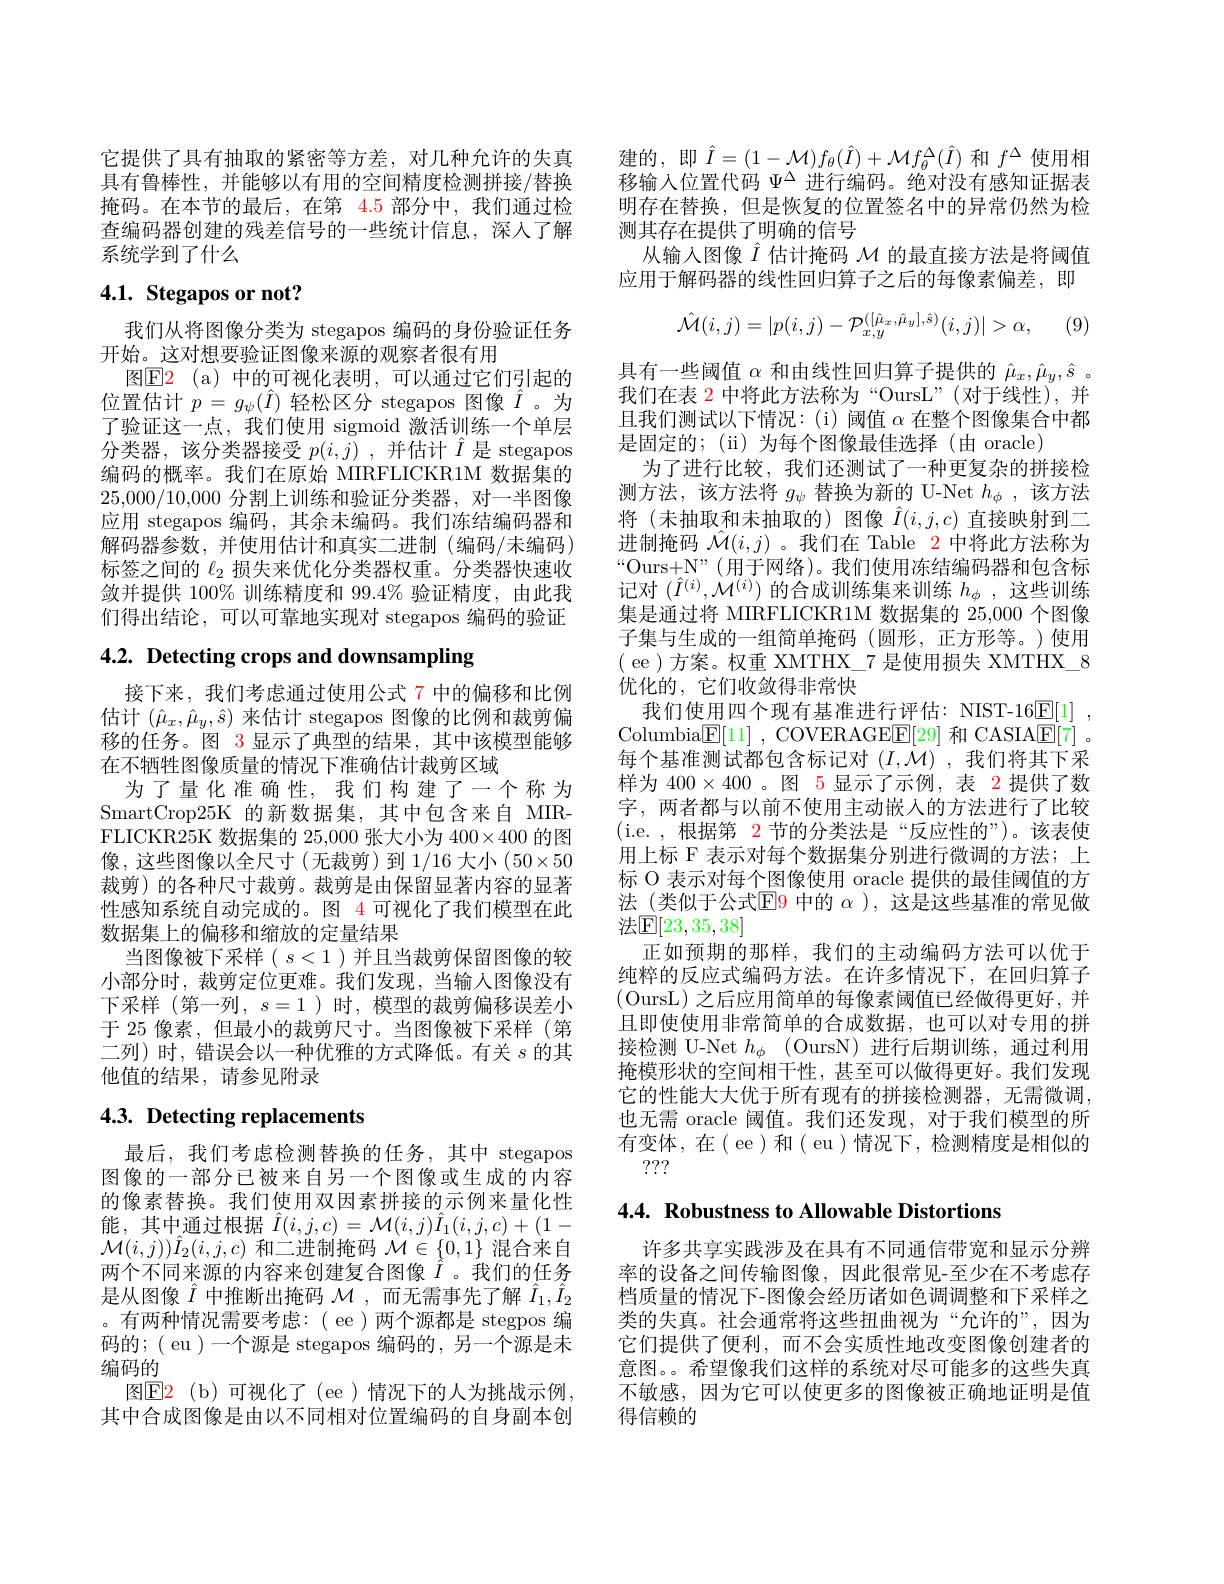
它提供了具有抽取的紧密等方差，对几种允许的失真具有鲁棒性，并能够以有用的空间精度检测拼接/替换掩码。在本节的最后，在第 4.5 部分中，我们通过检查编码器创建的残差信号的一些统计信息，深人了解系统学到了什么

# 4.1. Stegapos or not?

我们从将图像分类为 stegapos 编码的身份验证任务
开始。这对想要验证图像来源的观察者很有用
图$\color{red}{\mathrm{E2}}\:\mathrm{(a)}$ 中的可视化表明，可以通过它们引起的位置估计$p=g_\psi(\hat{I})$轻松区分 stegapos 图像$\hat{I}$。为了验证这一点，我们使用 sigmoid 激活训练一个单层分类器，该分类器接受$p(i,j)$ ,并估计$\hat{I}$是 stegapos 编码的概率。我们在原始 MIRFLICKR1M 数据集的25,000/10,000分割上训练和验证分类器，对一半图像应用 stegapos 编码，其余未编码。我们冻结编码器和解码器参数，并使用估计和真实二进制(编码/未编码) 标签之间的$\ell_{2}$损失来优化分类器权重。分类器快速收敛并提供 100% 训练精度和 99.4% 验证精度，由此我们得出结论，可以可靠地实现对 stegapos 编码的验证

# 4.2. Detecting crops and downsampling

接下来，我们考虑通过使用公式 7 中的偏移和比例估计$(\hat{\mu}_x,\hat{\mu}_y,\hat{s})$来估计 stegapos 图像的比例和裁剪偏移的任务。图 3 显示了典型的结果，其中该模型能够在不牺牲图像质量的情况下准确估计裁剪区域
为了量化准确性，我们构建了一个称为SmartCrop25K 的新数据集，其中包含来自 MIRFLICKR25K 数据集的 25,000 张大小为 400×400 的图像，这些图像以全尺寸(无裁剪)到1/16 大小(50×50裁剪)的各种尺寸裁剪。裁剪是由保留显著内容的显著性感知系统自动完成的。图 4 可视化了我们模型在此数据集上的偏移和缩放的定量结果
当图像被下采样( $s<1$ )并且当裁剪保留图像的较小部分时，裁剪定位更难。我们发现，当输人图像没有下采样 (第一列$,s=1$)时，模型的裁剪偏移误差小于 25 像素，但最小的裁剪尺寸。当图像被下采样(第二列)时，错误会以一种优雅的方式降低。有关$s$的其他值的结果，请参见附录

# 4.3. Detecting replacements

最后，我们考虑检测替换的任务，其中 stegapos 图像的一部分已被来自另一个图像或生成的内容的像素替换。我们使用双因素拼接的示例来量化性能，其中通过根据$\hat{I}(i,j,c)=\mathcal{M}(i,j)\hat{I}_1(i,j,c)+(1-$ $\mathcal{M}(i,j))\hat{I}_{2}(i,j,c)$和二进制掩码$\mathcal{M}\in\{0,1\}$混合来自两个不同来源的内容来创建复合图像$\hat{I}$ 。我们的任务是从图像$\hat{I}$中推断出掩码$\mathcal{M}$,而无需事先了解$\hat{I}_1,\hat{I}_2$ 。有两种情况需要考虑：( ee )两个源都是 stegpos 编码的；( eu )一个源是 stegapos 编码的，另一个源是未编码的
图E2 ( b) 可视化了(ee)情况下的人为挑战示例， 其中合成图像是由以不同相对位置编码的自身副本创

建的，即$\hat{I}=(1-\mathcal{M})f_\theta(\hat{I})+\mathcal{M}f_\theta^\Delta(\hat{I})$和$f^\Delta$使用相移输入位置代码$\Psi^\mathrm{\Delta}$进行编码。绝对没有感知证据表明存在替换，但是恢复的位置签名中的异常仍然为检测其存在提供了明确的信号
从输入图像$\hat{I}$估计掩码$\mathcal{M}$的最直接方法是将阈值应用于解码器的线性回归算子之后的每像素偏差，即
$$\hat{\mathcal{M}}(i,j)=|p(i,j)-\mathcal{P}_{x,y}^{([\hat{\mu}_{x},\hat{\mu}_{y}],\hat{s})}(i,j)|>\alpha,$$
(9)

具有一些阈值$\alpha$和由线性回归算子提供的$\hat{\mu}_x,\hat{\mu}_y,\hat{s}$ 。我们在表 2 中将此方法称为“OursL”(对于线性),并且我们测试以下情况：(i)阈值$\alpha$在整个图像集合中都是固定的；(ii)为每个图像最佳选择(由oracle)
为了进行比较，我们还测试了一种更复杂的拼接检测方法，该方法将$g_\psi$替换为新的 U-Net $h_\phi$,该方法将(未抽取和未抽取的)图像$\hat{I}(i,j,c)$直接映射到二进制掩码$\hat{\mathcal{M}}(i,j)$ 。我们在 Table 2 中将此方法称为“Ours+N”(用于网络)。我们使用冻结编码器和包含标记对$(\hat{I}^{(i)},\mathcal{M}^{(i)})$的合成训练集来训练$h_\phi$,这些训练集是通过将 MIRFLICKR1M 数据集的 25,000 个图像子集与生成的一组简单掩码(圆形，正方形等。)使用( ee )方案。权重 XMTHX\_7 是使用损失 XMTHX\_8优化的，它们收敛得非常快
我们使用四个现有基准进行评估：NIST-16$\underline {\mathrm{E} }[ 1]$ , Columbia$\boxed{\mathrm{F} }[ 11]$ , COVERAGEE[29] 和 CASIA$\boxed{\mathrm{F} }[ 7]$ 。每个基准测试都包含标记对$(I,\mathcal{M})$,我们将其下采样为$400\times400$ 。图 5 显示了示例，表 2 提供了数字，两者都与以前不使用主动嵌入的方法进行了比较(i.e.,根据第$\color{red}{2}$节的分类法是“反应性的”)。该表使用上标 F 表示对每个数据集分别进行微调的方法；上标 O 表示对每个图像使用 oracle 提供的最佳阈值的方法 (类似于公式$\boxed{\mathrm{E}}$9 中的 $\alpha$ ), 这是这些基准的常见做${\text{法}\mathbb{E}[23,35,38]}$
正如预期的那样，我们的主动编码方法可以优于纯粹的反应式编码方法。在许多情况下，在回归算子(OursL) 之后应用简单的每像素阈值已经做得更好，并且即使使用非常简单的合成数据，也可以对专用的拼接检测 U-Net $h_\phi$ (OursN)进行后期训练，通过利用掩模形状的空间相干性，甚至可以做得更好。我们发现它的性能大大优于所有现有的拼接检测器，无需微调， 也无需 oracle 阈值。我们还发现，对于我们模型的所有变体，在( ee)和( eu)情况下，检测精度是相似的
???

4.4. Robustness to Allowable Distortions

许多共享实践涉及在具有不同通信带宽和显示分辨率的设备之间传输图像，因此很常见-至少在不考虑存档质量的情况下-图像会经历诸如色调调整和下采样之类的失真。社会通常将这些扭曲视为“允许的”,因为它们提供了便利，而不会实质性地改变图像创建者的意图。。希望像我们这样的系统对尽可能多的这些失真不敏感，因为它可以使更多的图像被正确地证明是值得信赖的